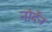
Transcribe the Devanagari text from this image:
नोर्देन